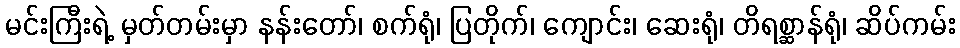
မင်းကြီးရဲ့ မှတ်တမ်းမှာ နန်းတော်၊ စက်ရုံ၊ ပြတိုက်၊ ကျောင်း၊ ဆေးရုံ၊ တိရစ္ဆာန်ရုံ၊ ဆိပ်ကမ်း